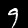
Digit: 9